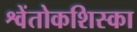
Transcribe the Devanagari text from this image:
श्वेंतोकशिस्का